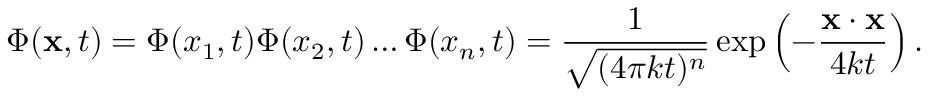
\Phi ( \mathbf { x } , t ) = \Phi ( x _ { 1 } , t ) \Phi ( x _ { 2 } , t ) \dots \Phi ( x _ { n } , t ) = { \frac { 1 } { \sqrt { ( 4 \pi k t ) ^ { n } } } } \exp \left( - { \frac { \mathbf { x } \cdot \mathbf { x } } { 4 k t } } \right) .